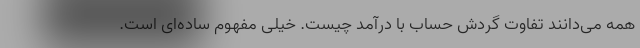
همه می‌دانند تفاوت گردش حساب با درآمد چیست. خیلی مفهوم ساده‌ای است.